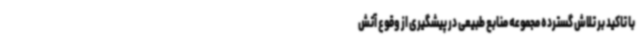
با تاکید بر تلاش گسترده مجموعه منابع طبیعی در پیشگیری از وقوع آتش